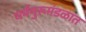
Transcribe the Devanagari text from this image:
धर्मगुरूमंडळात